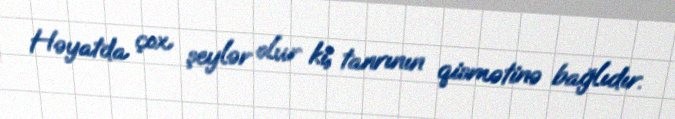
Həyatda çox şeylər olur ki, tanrının qismətinə bağlıdır.